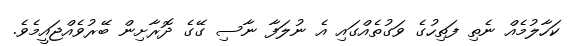
ކަހާލުމެއް ނެތި ފަތިހުގެ ވަގުތެއްގައި އެ ނުލަފާ ނާސި ގޭގެ ދޮރާށިން ބޭރުވެއްޖައީމެވެ.